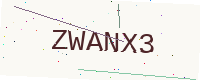
Text: ZWANX3